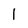
Character: 1